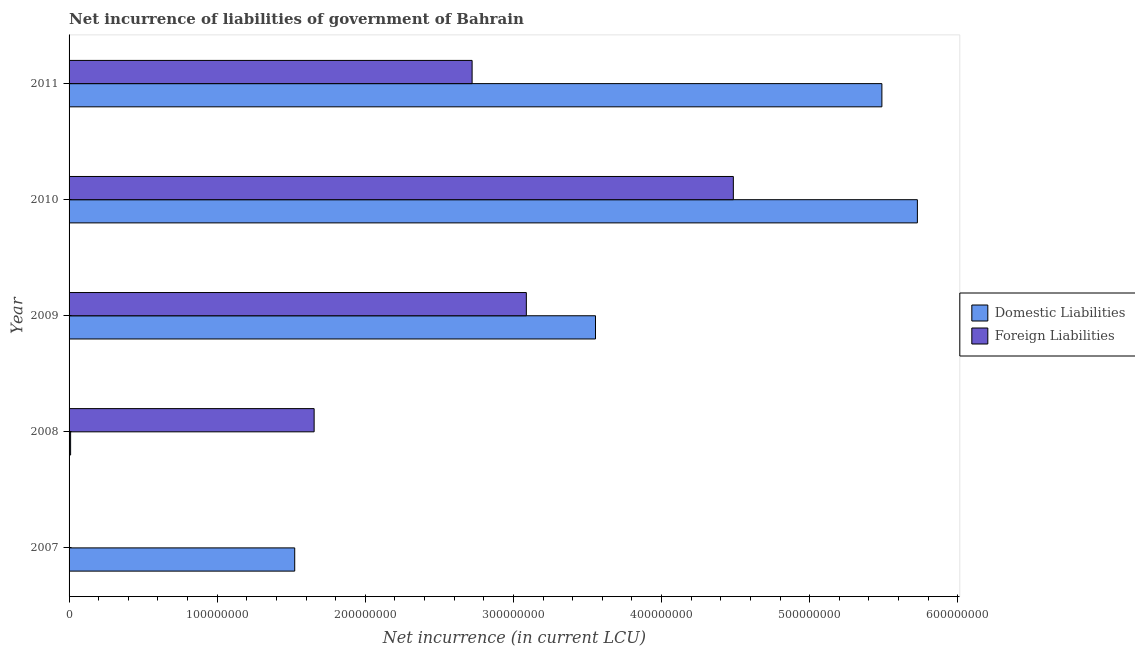
| Year | Domestic Liabilities | Foreign Liabilities |
 | --- | --- | --- |
 | 2007 | 1.52e+08 | -1.74e+07 |
 | 2008 | 1.04e+06 | 1.65e+08 |
 | 2009 | 3.55e+08 | 3.09e+08 |
 | 2010 | 5.73e+08 | 4.48e+08 |
 | 2011 | 5.49e+08 | 2.72e+08 |